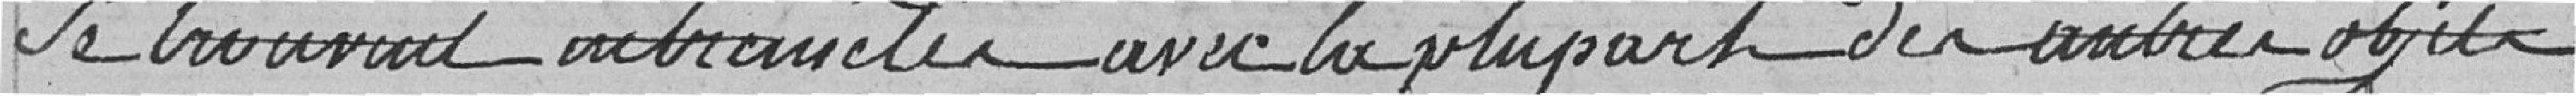
se trouvent entremêler avec la plupart des autres objets